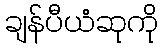
ချန်ပီယံဆုကို